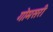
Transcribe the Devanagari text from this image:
गोमसरी